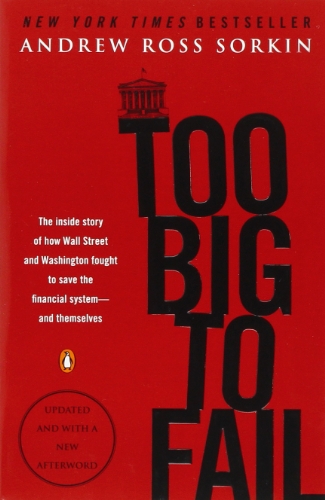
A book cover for Too Big to Fail: The Inside Story of How Wall Street and Washington Fought to Save the Financial System--and Themselves; Andrew Ross Sorkin; Business & Money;